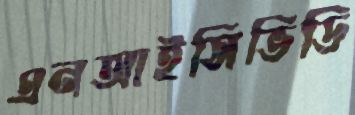
এনআইসিভিডি